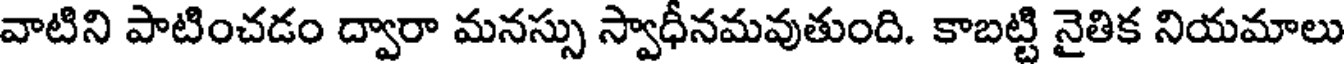
వాటిని పాటించడం ద్వారా మనస్సు స్వాధీనమవుతుంది. కాబట్టి నైతిక నియమాలు